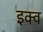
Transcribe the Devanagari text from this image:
इक्व